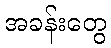
အခန်းတွေ